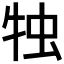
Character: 𤙕